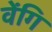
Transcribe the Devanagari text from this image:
वेंगि